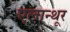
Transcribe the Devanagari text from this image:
एलान्थूर